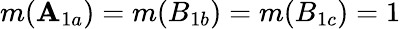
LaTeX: m(\mathbf{A}_{1a})=m(B_{1b})=m(B_{1c})=1